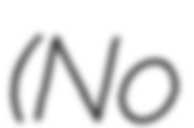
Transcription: (No